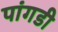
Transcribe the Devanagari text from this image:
पांगडी